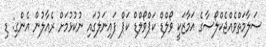
ސަލާމަތްވެއްޖެކްލޯސާގެ އަމާޒަކީ ވޯލްޑް ކަޕްވޯލްޑް ކަޕް ފައިނަލުގައި ނުކުޅުމަށް ރެއާލުން އެންގި: ޑި